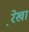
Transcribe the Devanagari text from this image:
रे़खा